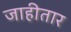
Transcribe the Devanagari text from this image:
जाहीतार